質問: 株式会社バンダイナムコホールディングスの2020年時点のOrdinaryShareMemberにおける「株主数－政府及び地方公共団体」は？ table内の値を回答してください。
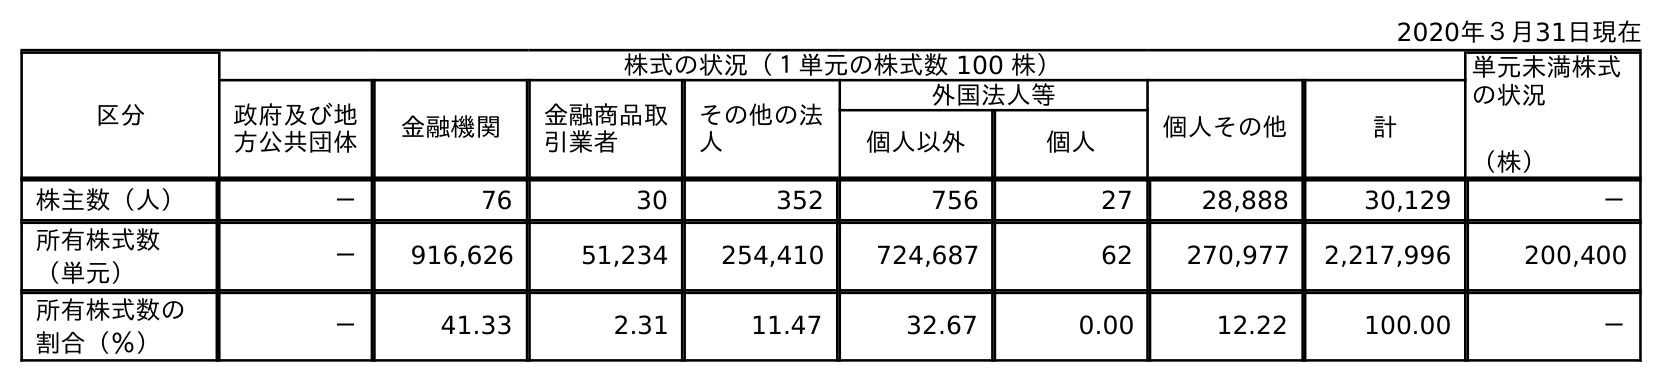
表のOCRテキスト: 2020年３月31日現在 区分 株式の状況（１単元の株式数 100 株） 単元未満株式 の状況 （株） 政府及び地 方公共団体 金融機関 金融商品取 引業者 その他の法 人 外国法人等 個人その他 計 個人以外 個人 株主数（人） － 76 30 352 756 27 28,888 30,129 － 所有株式数 （単元） － 916,626 51,234 254,410 724,687 62 270,977 2,217,996 200,400 所有株式数の 割合（％） － 41.33 2.31 11.47 32.67 0.00 12.22 100.00 －
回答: －